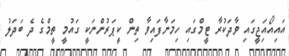
އައިއޯއަިޖީގައި ވާދަކުރާ ޓީމްގައި ހިމަނާފައިވާ ތިން ކީޕަރުންނަކީ ގައުމީ ތީމްގެ ދެ ބަދަލު